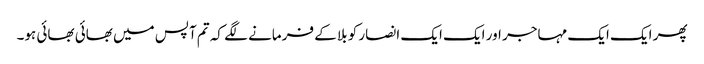
پھر ایک ایک مہاجر اور ایک ایک انصار کو بلا کے فرمانے لگے کہ تم آپس میں بھائی بھائی ہو۔